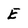
Character: E